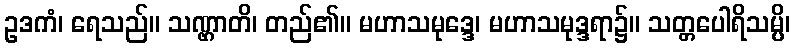
ဥဒကံ၊ ရေသည်။ သဏ္ဌာတိ၊ တည်၏။ မဟာသမုဒ္ဒေ၊ မဟာသမုဒ္ဒရာ၌။ သတ္တပေါရိသမ္ပိ၊